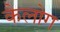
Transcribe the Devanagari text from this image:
कैलोग